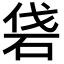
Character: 𥑼